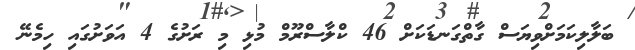
ބަލާލިކަމަށްވިޔަސް ގާތްގަނޑަކަށް 46 ކްލާސްރޫމް މުޅި މި ރަށުގެ 4 އަވަށުގައި ހިމެނޭ